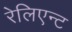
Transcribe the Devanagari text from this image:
रेलिएन्ट